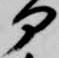
部